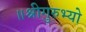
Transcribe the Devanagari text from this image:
॥श्रीगुरुभ्यो